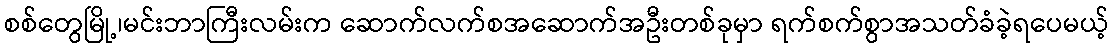
စစ်တွေမြို့၊မင်းဘာကြီးလမ်းက ဆောက်လက်စအဆောက်အဦးတစ်ခုမှာ ရက်စက်စွာအသတ်ခံခဲ့ရပေမယ့်